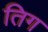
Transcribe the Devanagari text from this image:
तिग